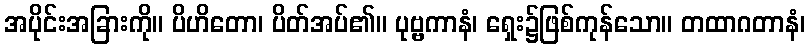
အပိုင်းအခြားကို။ ပိဟိတော၊ ပိတ်အပ်၏။ ပုဗ္ဗကာနံ၊ ရှေး၌ဖြစ်ကုန်သော။ တထာဂတာနံ၊